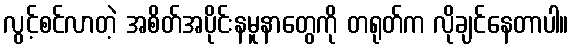
လွင့်စင်လာတဲ့ အစိတ်အပိုင်းနမူနာတွေကို တရုတ်က လိုချင်နေတာပါ။